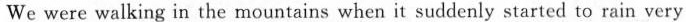
We were walking in the mountains when it suddenly started to rain very